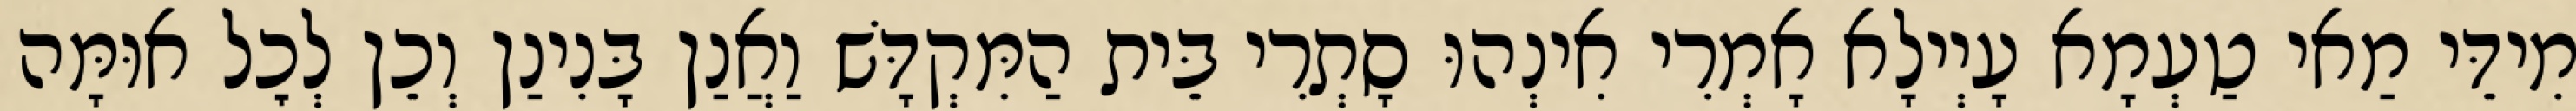
מִידֵּי מַאי טַעְמָא עָיְילָא אָמְרִי אִינְהוּ סָתְרִי בֵּית הַמִּקְדָּשׁ וַאֲנַן בָּנִינַן וְכֵן לְכׇל אוּמָּה